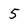
Character: 5